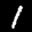
Label: 1